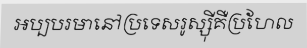
អប្បបរមានៅប្រទេសរូស្ស៊ីគឺប្រហែល